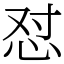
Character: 怼